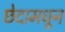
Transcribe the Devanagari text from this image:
छेदामधून